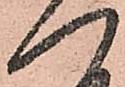
一